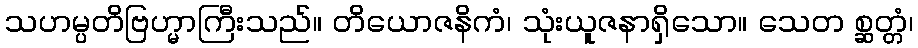
သဟမ္ပတိဗြဟ္မာကြီးသည်။ တိယောဇနိကံ၊ သုံးယူဇနာရှိသော။ သေတ စ္ဆတ္တံ၊